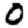
Digit: 0